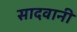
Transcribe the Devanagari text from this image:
सादवानी